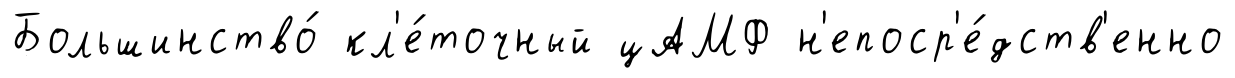
Большинство́ кл'е́точный цАМФ н'епоср'е́дств'енно